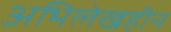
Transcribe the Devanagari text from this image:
अभिलेखहीन